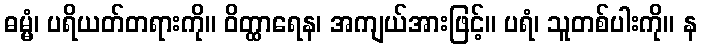
ဓမ္မံ၊ ပရိယတ်တရားကို။ ဝိတ္ထာရေန၊ အကျယ်အားဖြင့်။ ပရံ၊ သူတစ်ပါးကို။ န